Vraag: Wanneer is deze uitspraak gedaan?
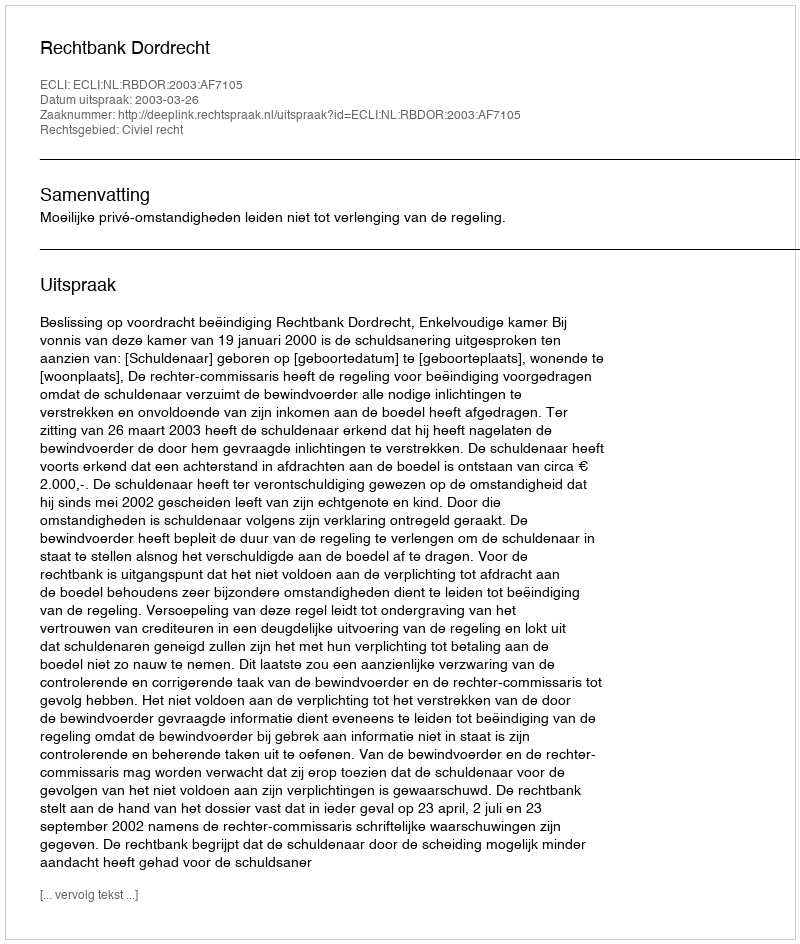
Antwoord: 2003-03-26